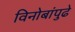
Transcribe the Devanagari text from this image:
विनोबांपुढे